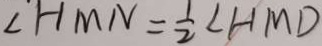
\angle H M N = \frac { 1 } { 2 } \angle H M D